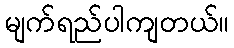
မျက်ရည်ပါကျတယ်။